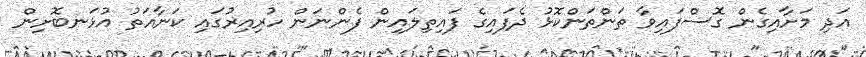
އަދި މަށާއިގެން ގޮސްފައިވާ ތަންތަންކޮޅު ދެފައިގެ ފައިތިލައިން ފެންނަން ހުރިއިރުގައި ކަނާއަތު އުޅަނބޮށިން